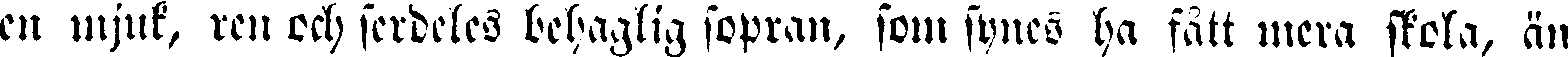
en mjuk, ren och fördeles behaglig sopran, som synes ha fått mera skola, än